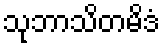
သုဘာသိတမိဒံ